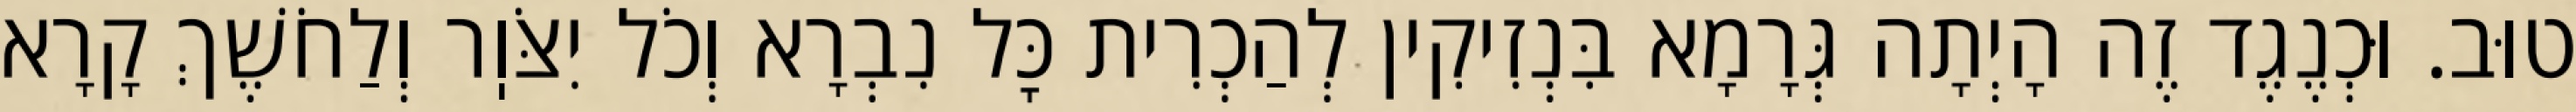
טוּב. וּכְנֶגֶד זֶה הָיְתָה גְּרָמָא בִּנְזִיקִין לְהַכְרִית כׇּל נִבְרָא וְכֹל יִצֹּוֽר וְלַחֹשֶׁךְ קָרָא